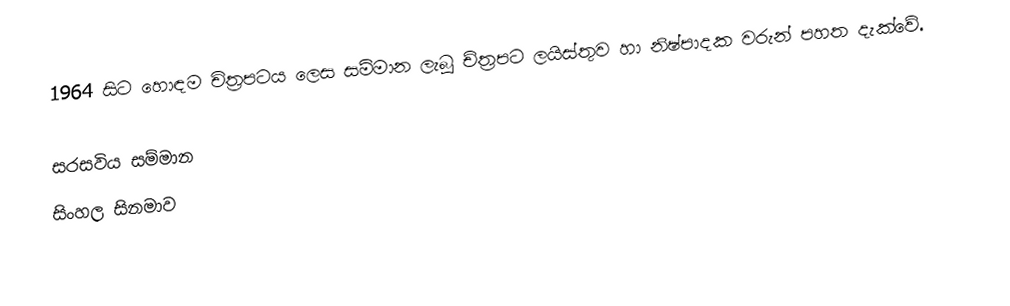
1964 සිට හොඳම චිත්‍රපටය ලෙස සම්මාන ලැබූ ච්ත්‍රපට ලයිස්තුව හා නිෂ්පාදක වරුන් පහත දැක්වේ.

සරසවිය සම්මාන
සිංහල සිනමාව